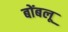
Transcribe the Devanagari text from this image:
बोंबलू